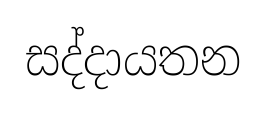
සද්දායතන